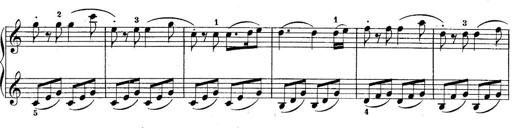
Title: 10 Sonatines progressives
Composer: Anton Schmoll